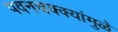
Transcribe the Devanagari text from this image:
पवनचक्क्यांमुळे